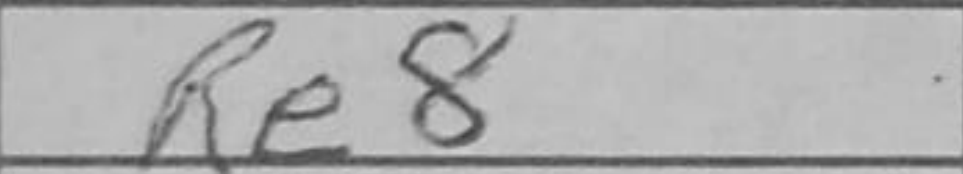
Transcription: Re8